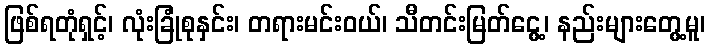
ဖြစ်ရတုံရှင့်၊ လုံးခြုံစုနှင်း၊ တရားမင်းဝယ်၊ သီတင်းမြတ်ငွေ့၊ နည်းများတွေ့မူ၊